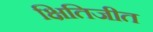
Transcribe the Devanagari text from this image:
क्षितिजीत